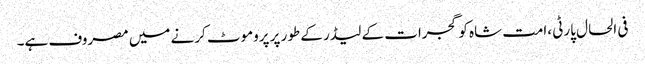
فی الحال پارٹی ،امت شاہ کو گجرات کے لیڈر کے طور پر پروموٹ کرنے میں مصروف ہے۔